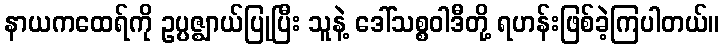
နာယကထေရ်ကို ဥပ္ပဇ္ဈာယ်ပြုပြီး သူနဲ့ ဒေါ်သစ္စဝါဒီတို့ ရဟန်းဖြစ်ခဲ့ကြပါတယ်။